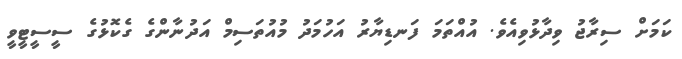
ކަމަށް ސިރާޖު ވިދާޅުވިއެވެ. އުއްތަމަ ފަނޑިޔާރު އަހުމަދު މުއުތަސިމް އަދުނާންގެ ގެކޮޅުގެ ސީސީޓީވީ